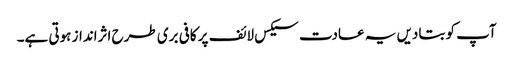
آپ کو بتادیں یہ عادت سیکس لائف پر کافی بری طرح اثرانداز ہوتی ہے۔